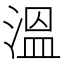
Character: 溫